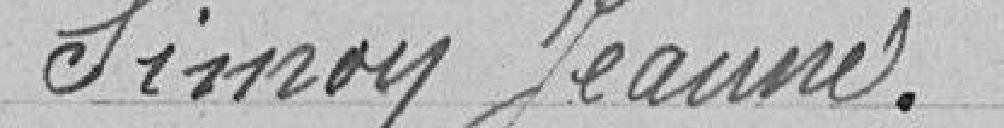
SIMOY Jeanne